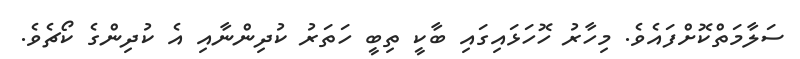
ސަލާމަތްކޮށްފައެވެ. މިހާރު ހޮހަޅައިގައި ބާކީ ތިބީ ހަތަރު ކުދިންނާއި އެ ކުދިންގެ ކޯޗެެވެ.